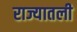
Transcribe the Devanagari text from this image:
राज्यातली